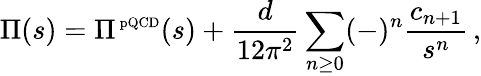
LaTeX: \Pi(s)=\Pi^{\mathrm{\scriptsize~pQCD}}(s)+\frac{d}{12\pi^{2}}\sum_{n\geq 0}(-)^{n}\frac{c_{n+1}}{s^{n}}\, ,